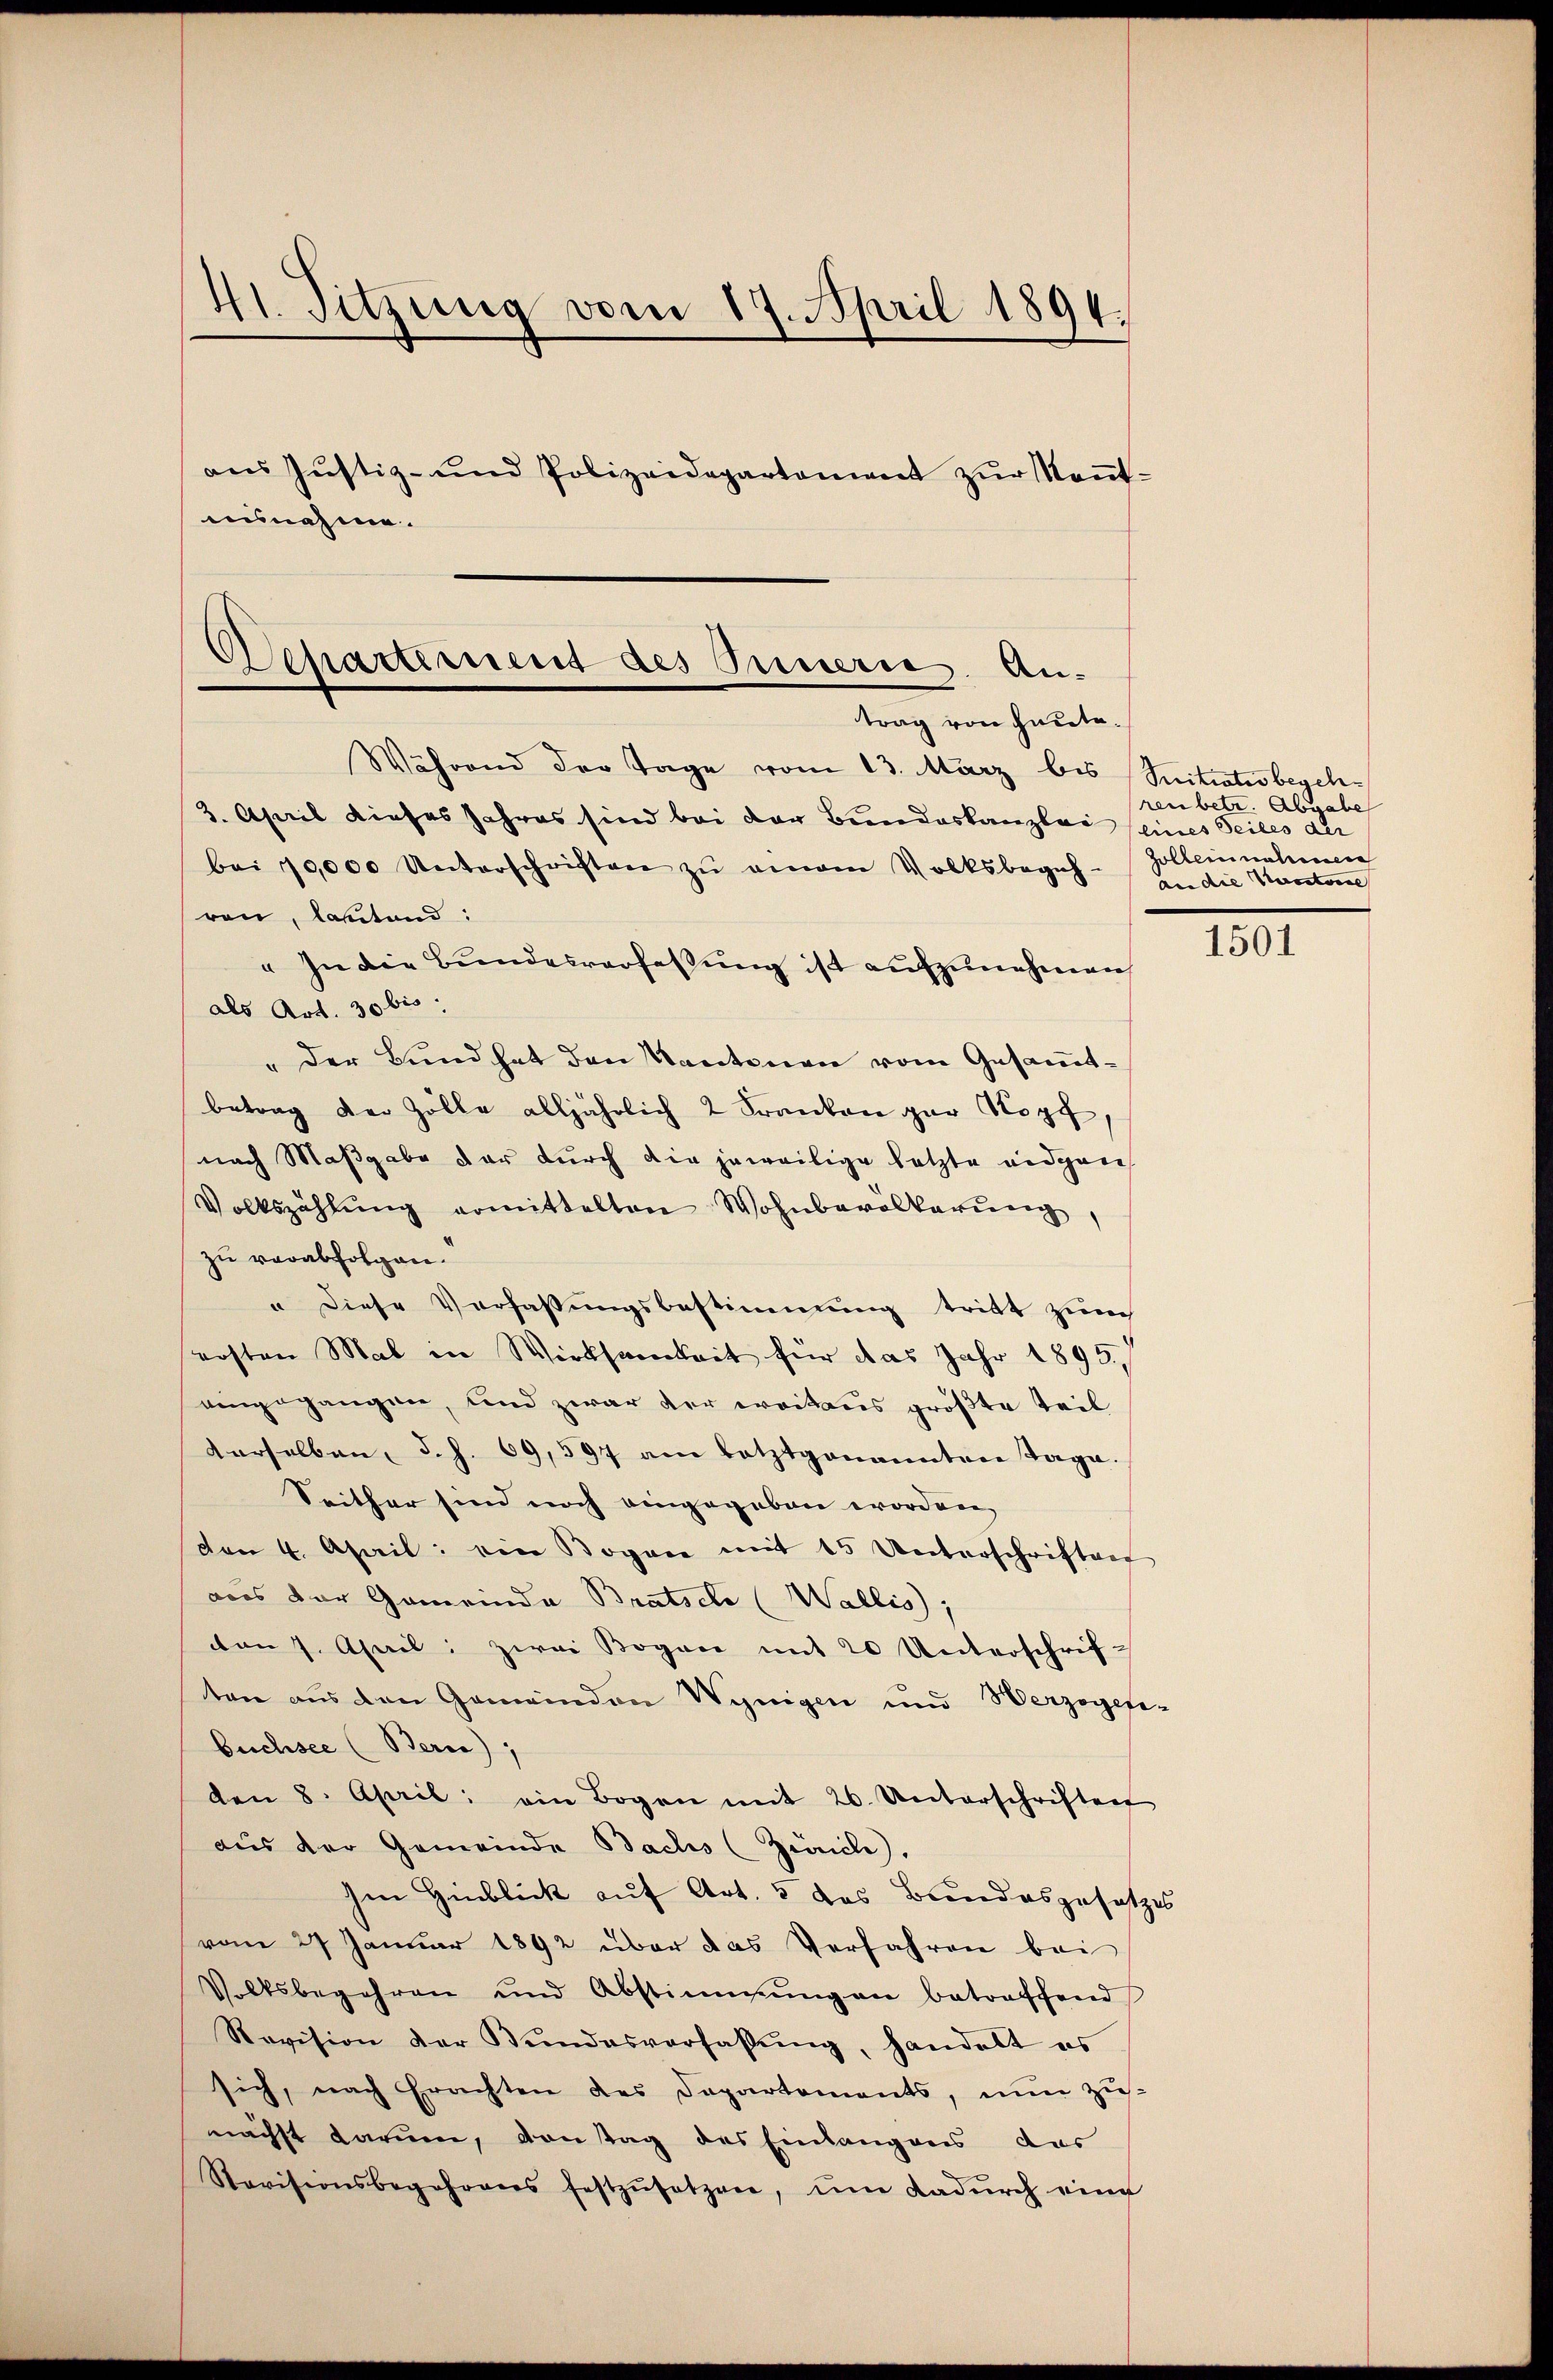
41. Sitzung vom 17. April 1894.
ans Justiz- und Polizeidepartement zŭr Keṅt-
uunahme.

Departement des Innern An-
trag von heute.

Während der Tage vom 13. März bis (Sitiatis begeh¬
3. April dieses Jahres sind bei der Bundeskanzlei eines Seiles der
bei 10,000 Unterschriften zŭ einem Volksbegehen die Kantone
ren, labitand:
" In die Bundesverfassung ist aufzunehmen
als Art. 30 bis
„der Bund hat den Kantonen vom Gesammtbetrag der Zölle alljährlich 2 Franken gar Kopf,
nach Maßgabe der durch die jeweilige letzte eidgen
Volkszählŭng ermittelten Wohnbevölkerŭng,
zu verabfolgen.
" diese Verfassungsbestimmung tritt zum
ersten Mal in Wirksamkeit für das Jahr 1895.
eingegangen, und zwar der weitaus größte Teil
derselben d. h. 69,597 am letztgenannten Tage.
Seither sind noch eingegeben worden,
den 4. April: ein Bogen mit 15 Unterschriften
aos der Gemeinda Bratsel (Wallis);
von 7. April: zwei Bogen mit 20 Unterschrif-
ten aus den Gemeinden Wenigen und Herzogen-
buchsee (Berne),
den 8. April: ein Bogen mit 26. Unterschriften
aus der Gemeinde Bachs (Zivile.
Im Hinblick auf Art. 5 des Bundesgesetzes
vom 27 Januar 1892 über das Verfahren bei
Volksbegehren und Abstimmungen betreffend
Revision der Bŭndesverfassŭng, handelt es
sich, nach Erachten des Departements, nun zus
nächst darum, von tag des Einlangens das
Ravisionsbegehrens festzŭsetzen, ŭm dadŭrch eine

ren betr. Abgabe
Zolbernahmen

1501